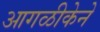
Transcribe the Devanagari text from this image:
आगळीकेने